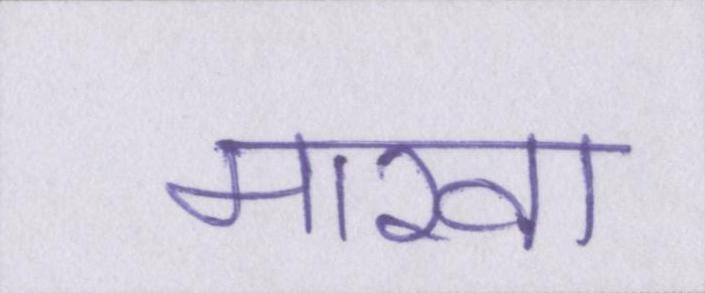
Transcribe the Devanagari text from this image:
मारवा